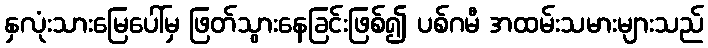
နှလုံးသားမြေပေါ်မှ ဖြတ်သွားနေခြင်းဖြစ်၍ ပစ်ဂမီ အထမ်းသမားများသည်